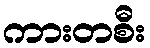
ကားတစီး